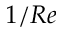
1 / R e